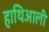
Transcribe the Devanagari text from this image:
हाथिआली